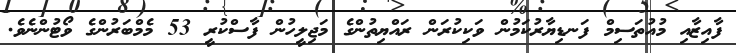
ފާއިޒާއި މުއުތަސިމް ފަނޑިޔާރުކަމުން ވަކިކުރަން ރައްޔިތުންގެ މަޖިލީހުން ފާސްކުރީ 53 މެމްބަރުންގެ ވޯޓުންނެވެ.